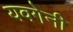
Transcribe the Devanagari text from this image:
यवगेनी